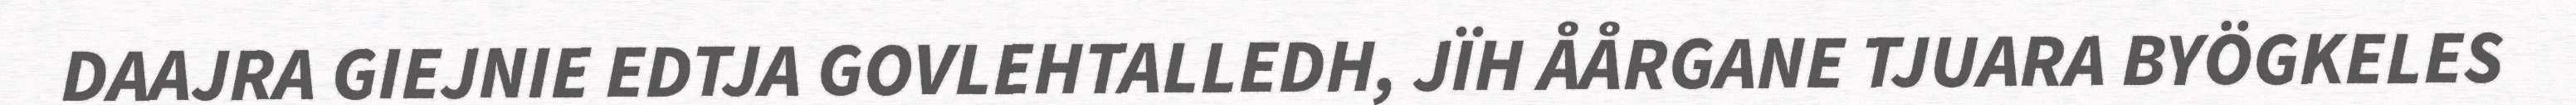
DAAJRA GIEJNIE EDTJA GOVLEHTALLEDH, JÏH ÅÅRGANE TJUARA BYÖGKELES